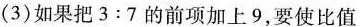
(3)如果把$$3:7$$的前项加上9，要使比值